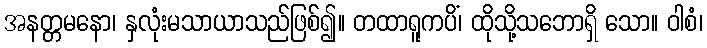
အနတ္တမနော၊ နှလုံးမသာယာသည်ဖြစ်၍။ တထာရူကပိံ၊ ထိုသို့သဘောရှိ သော။ ဝါစံ၊